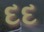
દદ